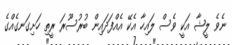
ނެވެ ލީޝާ އަކީ ވެސް ލައިހާ އެކޭ އެއްފަދައިން ބުރުސޫރަ ރީތި ހަށިގަނގެއްގެ